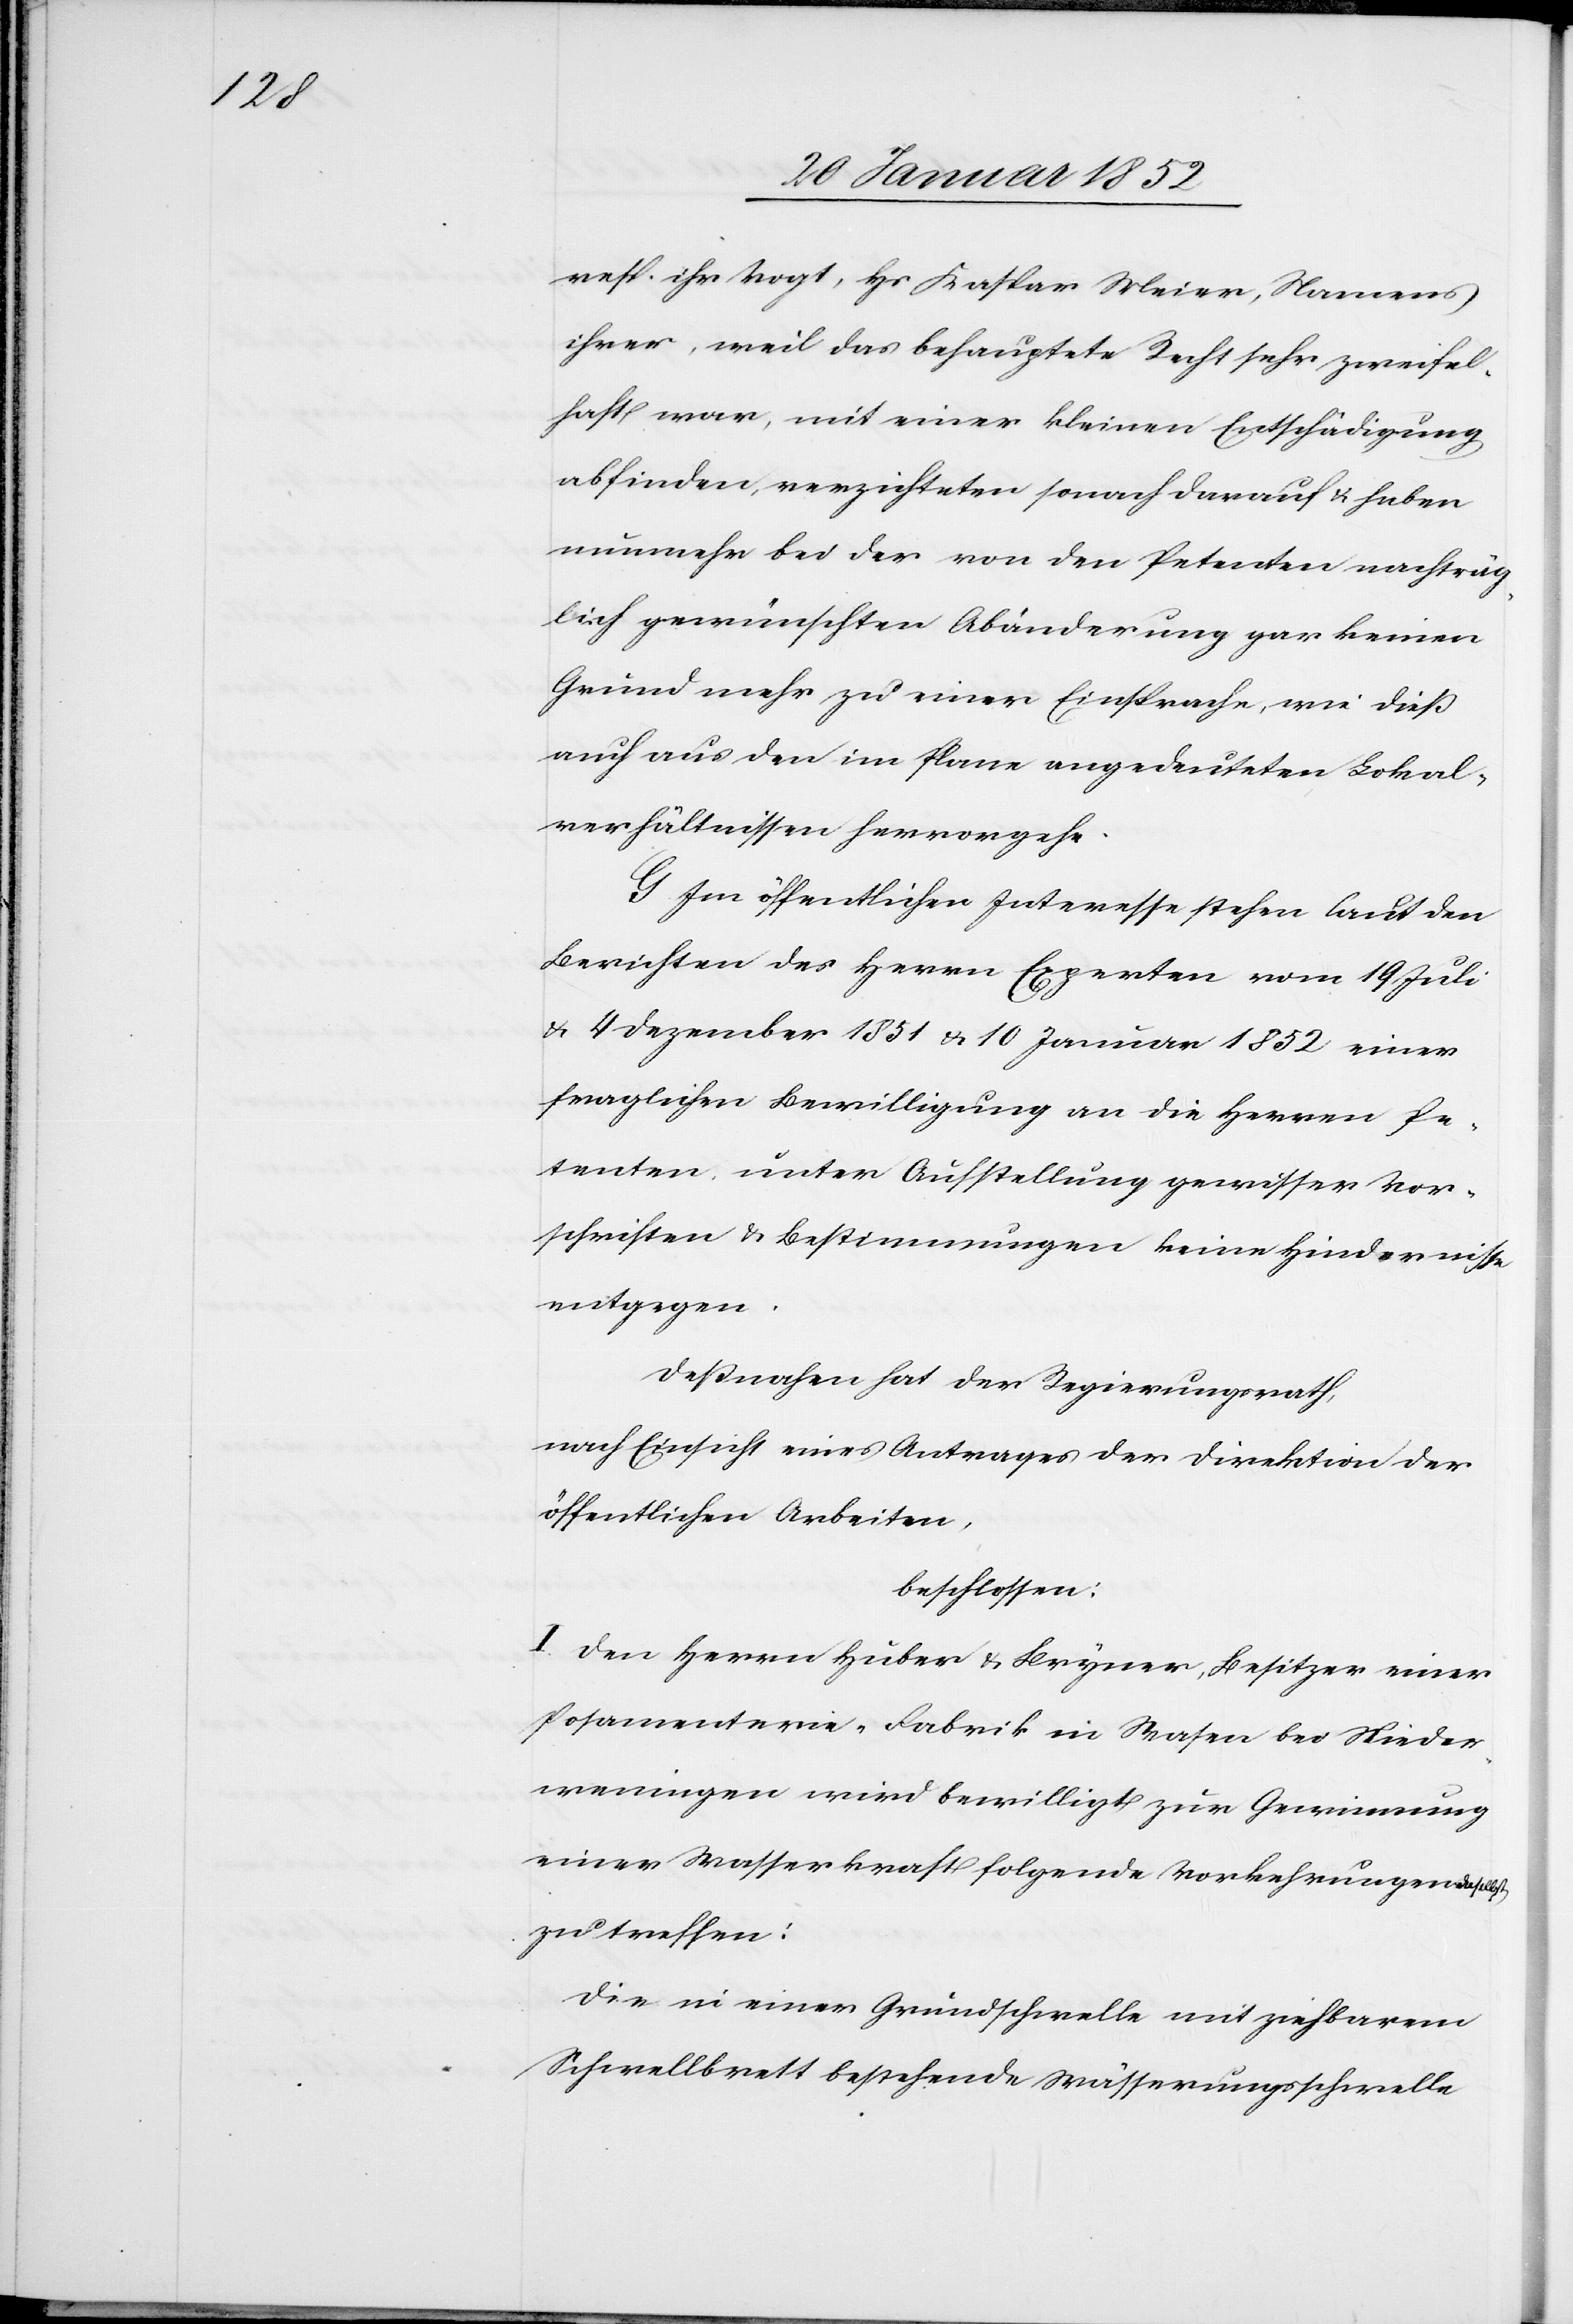
selbst

resp. ihr Vogt, Hs Kaspar Meier, Namens
ihrer, weil das behauptete Recht sehr zweifel¬
haft war, mit einer kleinen Entschädigung
abfinden, verzichteten sonach darauf u. haben
nunmehr bei der von den Petenten nachträg¬
lich gewünschten Abänderung gar keinen
Grund mehr zu einer Einsprache, wie dieß
auch aus den im Plane angedeuteten Lokal¬
verhältnissen hervorgehe.
G. Im öffentlichen Interesse stehen laut den
Berichten des Herrn Experten vom 19 Juli
u. 4 Dezember 1851 u. 10 Januar 1852 einer
fraglichen Bewilligung an die Herren Pe¬
tenten, unter Aufstellung gewisser Vor¬
schriften u. Bestimmungen keine Hindernisse
entgegen.
Deßnahen hat der Regierungsrath,
nach Einsicht eines Antrages der Direktion der
öffentlichen Arbeiten,
beschlossen:
I. Den Herren Huber u. Bryner, Besitzer einer
Posamenterie-Fabrik in Wasen bei Nieder¬
weningen wird bewilligt zur Gewinnung
einer Wasserkraft folgende Vorkehrungen da¬
zu treffen:
Die in einer Grundschwelle mit ziehbarem
Schwellbrett bestehende Wässerungsschwelle